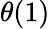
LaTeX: \theta(1)